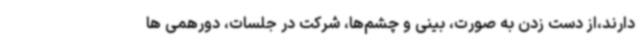
دارند،از دست زدن به صورت، بینی و چشم‌ها، شرکت در جلسات، دورهمی ها